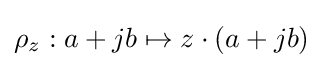
\rho _{z}:a+jb\mapsto z\cdot (a+jb)